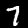
Digit: 7